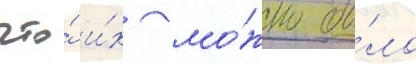
что́ и́х мо́жно бы́ло